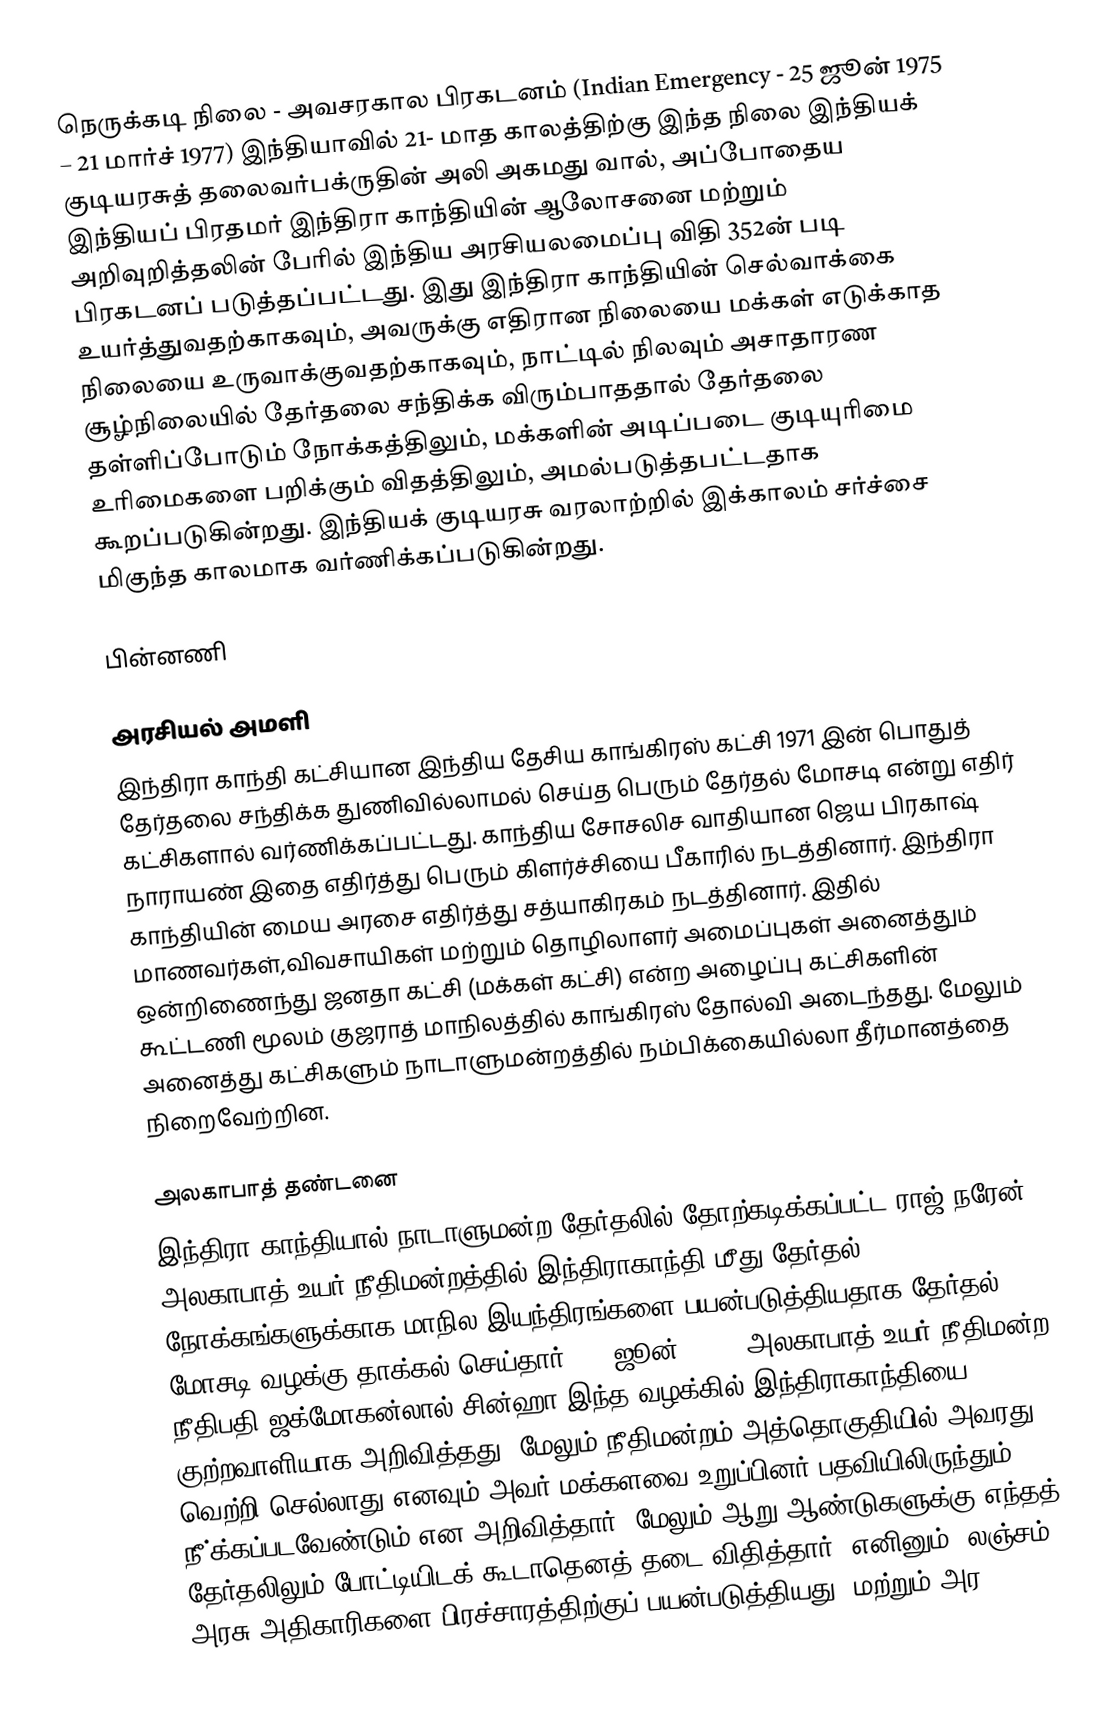
நெருக்கடி நிலை - அவசரகால பிரகடனம் (Indian Emergency - 25 ஜூன் 1975 – 21 மார்ச் 1977) இந்தியாவில் 21- மாத காலத்திற்கு இந்த நிலை இந்தியக் குடியரசுத் தலைவர்பக்ருதின் அலி அகமது வால், அப்போதைய இந்தியப் பிரதமர் இந்திரா காந்தியின் ஆலோசனை மற்றும் அறிவுறித்தலின் பேரில் இந்திய அரசியலமைப்பு விதி 352ன் படி பிரகடனப் படுத்தப்பட்டது. இது இந்திரா காந்தியின் செல்வாக்கை உயர்த்துவதற்காகவும், அவருக்கு எதிரான நிலையை மக்கள் எடுக்காத நிலையை உருவாக்குவதற்காகவும், நாட்டில் நிலவும் அசாதாரண சூழ்நிலையில் தேர்தலை சந்திக்க விரும்பாததால் தேர்தலை தள்ளிப்போடும் நோக்கத்திலும், மக்களின் அடிப்படை குடியுரிமை உரிமைகளை பறிக்கும் விதத்திலும், அமல்படுத்தபட்டதாக கூறப்படுகின்றது. இந்தியக் குடியரசு வரலாற்றில் இக்காலம் சர்ச்சை மிகுந்த காலமாக வர்ணிக்கப்படுகின்றது.

பின்னணி

அரசியல் அமளி
இந்திரா காந்தி கட்சியான இந்திய தேசிய காங்கிரஸ் கட்சி 1971 இன் பொதுத் தேர்தலை சந்திக்க துணிவில்லாமல் செய்த பெரும் தேர்தல் மோசடி என்று எதிர் கட்சிகளால் வர்ணிக்கப்பட்டது. காந்திய சோசலிச வாதியான ஜெய பிரகாஷ் நாராயண் இதை எதிர்த்து பெரும் கிளர்ச்சியை பீகாரில் நடத்தினார். இந்திரா காந்தியின் மைய அரசை எதிர்த்து சத்யாகிரகம் நடத்தினார். இதில் மாணவர்கள்,விவசாயிகள் மற்றும் தொழிலாளர் அமைப்புகள் அனைத்தும் ஒன்றிணைந்து ஜனதா கட்சி (மக்கள் கட்சி) என்ற அழைப்பு கட்சிகளின் கூட்டணி மூலம் குஜராத் மாநிலத்தில் காங்கிரஸ் தோல்வி அடைந்தது. மேலும் அனைத்து கட்சிகளும் நாடாளுமன்றத்தில் நம்பிக்கையில்லா தீர்மானத்தை நிறைவேற்றின.

அலகாபாத் தண்டனை
இந்திரா காந்தியால் நாடாளுமன்ற தேர்தலில் தோற்கடிக்கப்பட்ட ராஜ் நரேன் அலகாபாத் உயர் நீதிமன்றத்தில் இந்திராகாந்தி மீது தேர்தல் நோக்கங்களுக்காக மாநில இயந்திரங்களை பயன்படுத்தியதாக தேர்தல் மோசடி வழக்கு தாக்கல் செய்தார். 12 ஜூன் 1975, அலகாபாத் உயர் நீதிமன்ற நீதிபதி ஜக்மோகன்லால் சின்ஹா இந்த வழக்கில் இந்திராகாந்தியை குற்றவாளியாக அறிவித்தது. மேலும் நீதிமன்றம் அத்தொகுதியில் அவரது வெற்றி செல்லாது எனவும் அவர் மக்களவை உறுப்பினர் பதவியிலிருந்தும் நீ்க்கப்படவேண்டும் என அறிவித்தார். மேலும் ஆறு ஆண்டுகளுக்கு எந்தத் தேர்தலிலும் போட்டியிடக் கூடாதெனத் தடை விதித்தார். எனினும், லஞ்சம், அரசு அதிகாரிகளை பிரச்சாரத்திற்குப் பயன்படுத்தியது, மற்றும் அர